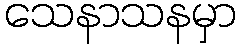
သေနာသနမှာ